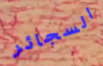
السجائر